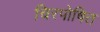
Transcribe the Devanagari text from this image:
चिरपोषित